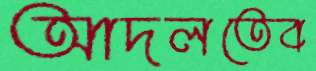
আদলতেব